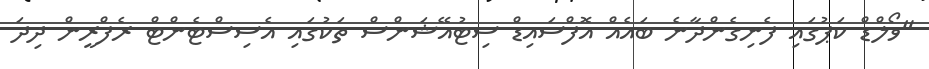
"ވޯލްޑް ކަޕުގައި ފެނިގެންދާނެ ބައެއް އޮފްސައިޑް ސިޓުއޭޝަންސް ތަކުގައި އެސިސްޓެންޓް ރެފްރީން ދިދަ